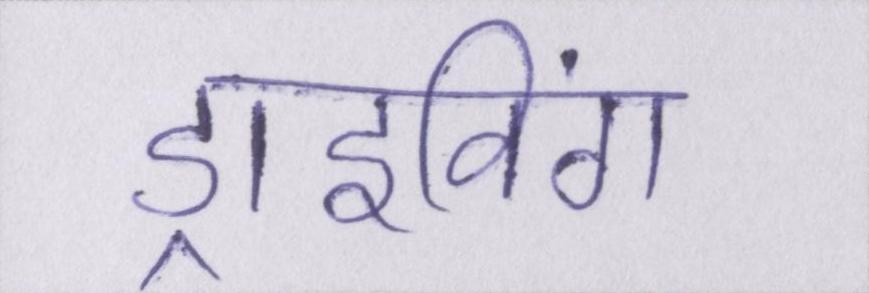
ड्राइविंग